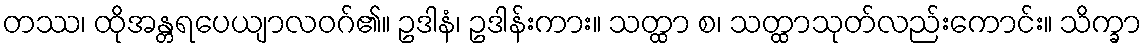
တဿ၊ ထိုအန္တရပေယျာလဝဂ်၏။ ဥဒါနံ၊ ဥဒါန်းကား။ သတ္ထာ စ၊ သတ္ထာသုတ်လည်းကောင်း။ သိက္ခာ